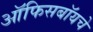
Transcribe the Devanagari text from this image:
ऑफिसबॉयचे